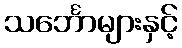
သင်္ဘောများနှင့်